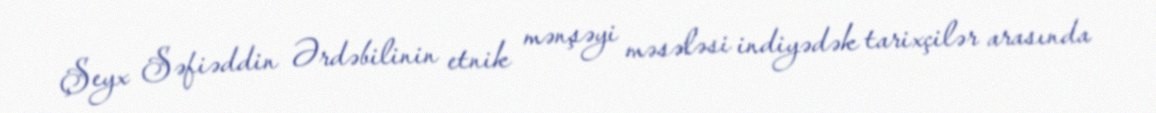
Şeyx Səfiəddin Ərdəbilinin etnik mənşəyi məsələsi indiyədək tarixçilər arasında